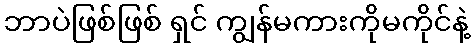
ဘာပဲဖြစ်ဖြစ် ရှင် ကျွန်မကားကိုမကိုင်နဲ့